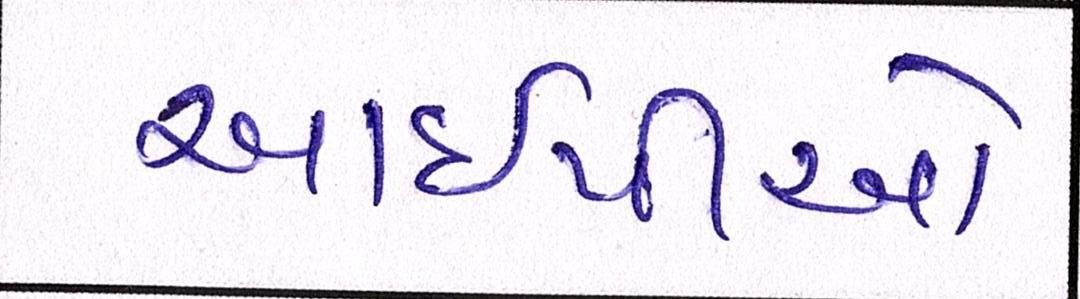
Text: આઈપીઓ